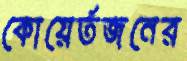
কোয়ের্তজনের